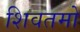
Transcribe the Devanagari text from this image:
शिवतमो